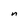
Character: n